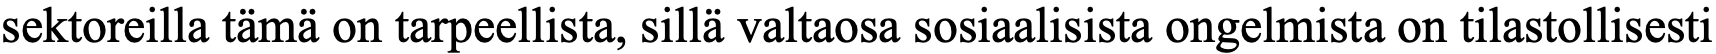
sektoreilla tämä on tarpeellista, sillä valtaosa sosiaalisista ongelmista on tilastollisesti